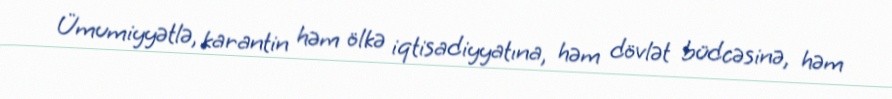
Ümumiyyətlə, karantin həm ölkə iqtisadiyyatına, həm dövlət büdcəsinə, həm